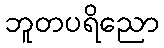
ဘူတပရိညော